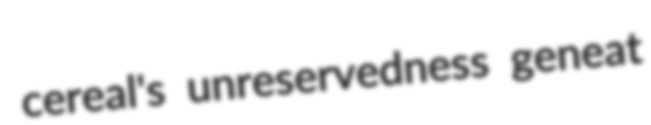
cereal's unreservedness geneat